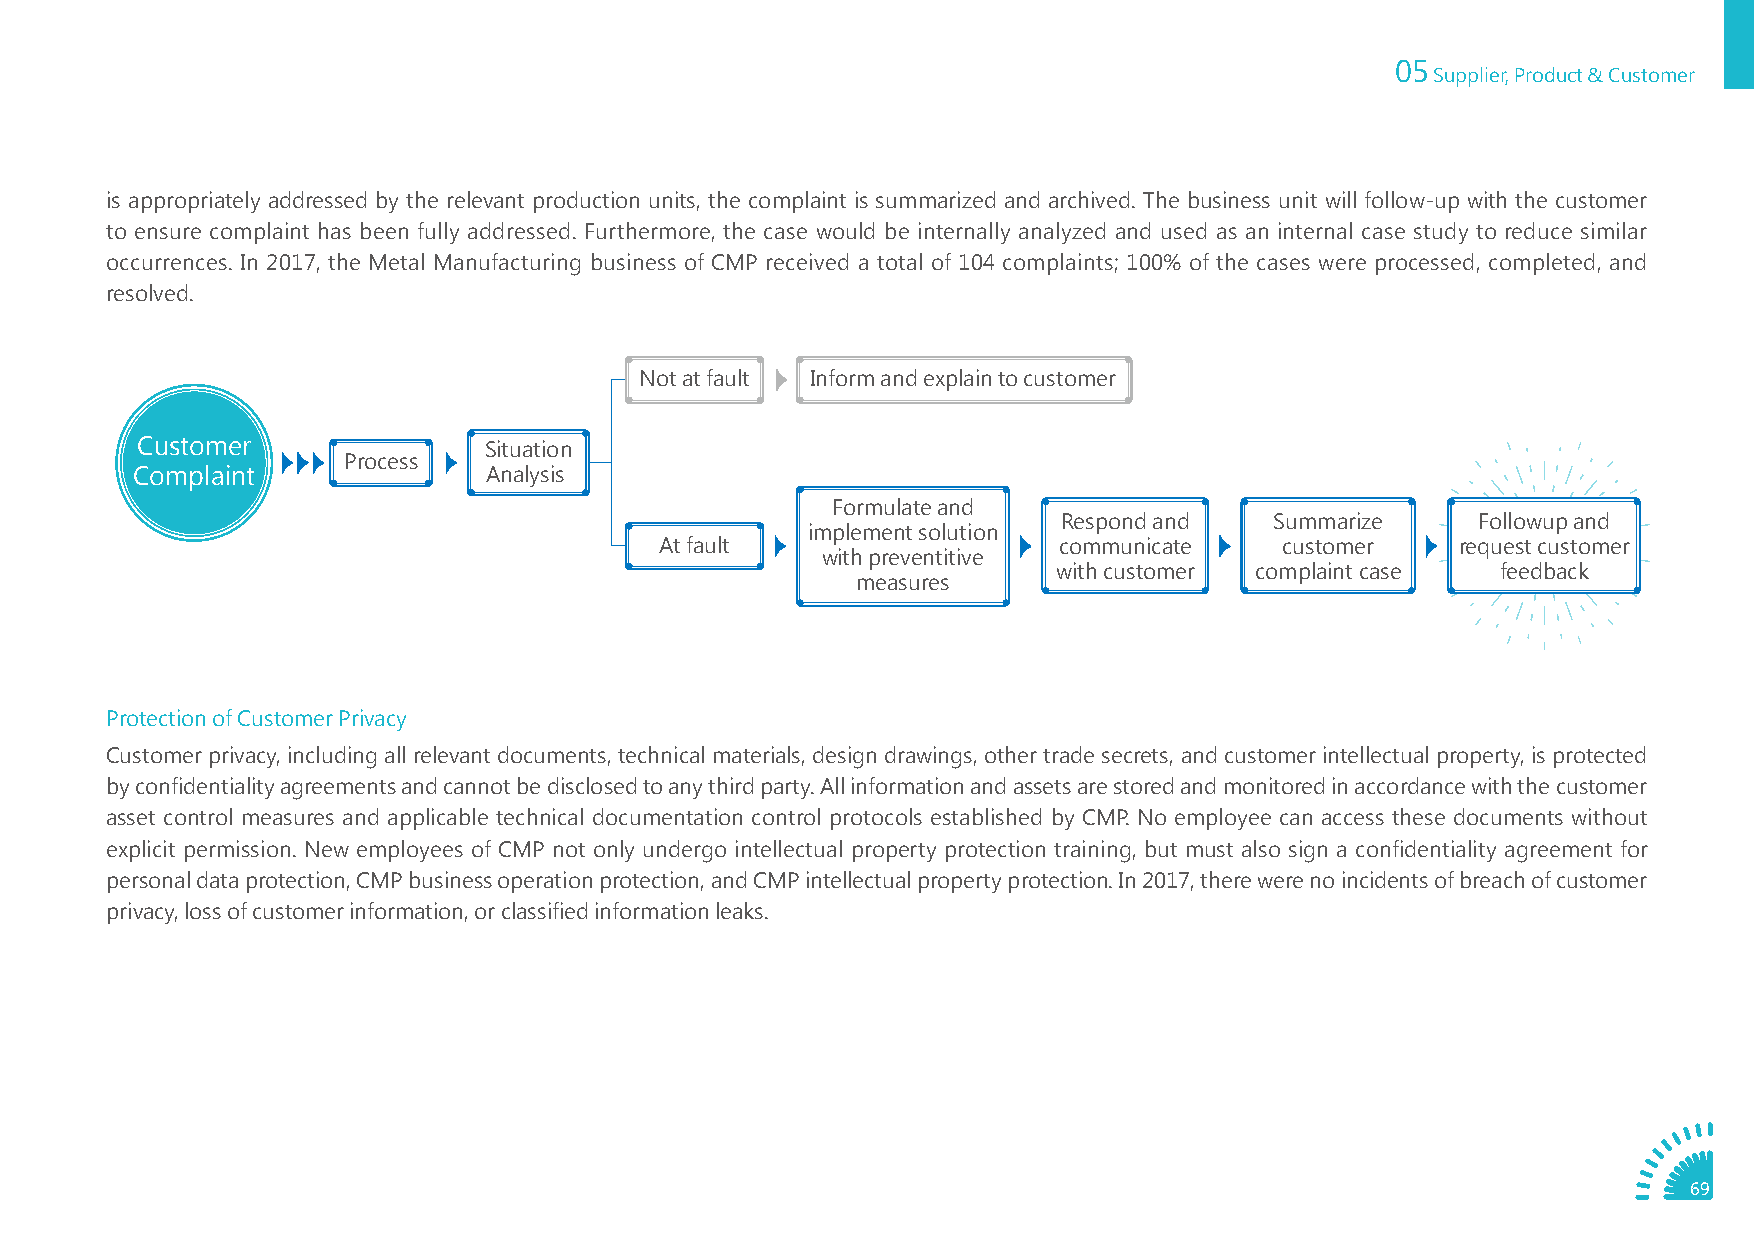
05
 Supplier, Product & Customer
 is appropriately addressed by the relevant production units, the complaint is summarized and archived. The business unit will follow-up with the customer
 to ensure complaint has been fully addressed. Furthermore, the case would be internally analyzed and used as an internal case study to reduce similar
 occurrences. In 2017, the Metal Manufacturing business of CMP received a total of 104 complaints; 100% of the cases were processed, completed, and
 resolved.
 Not at fault Inform and explain to customer
 Customer               Situation
 Process
 Complaint              Analysis
 Formulate and
 Respond and   Summarize     Followup and
 implement solution
 At fault                  communicate    customer    request customer
 with preventitive
 with customer complaint case feedback
 measures
 Protection of Customer Privacy
 Customer privacy, including all relevant documents, technical materials, design drawings, other trade secrets, and customer intellectual property, is protected
 by confidentiality agreements and cannot be disclosed to any third party. All information and assets are stored and monitored in accordance with the customer
 asset control measures and applicable technical documentation control protocols established by CMP. No employee can access these documents without
 explicit permission. New employees of CMP not only undergo intellectual property protection training, but must also sign a confidentiality agreement for
 personal data protection, CMP business operation protection, and CMP intellectual property protection. In 2017, there were no incidents of breach of customer
 privacy, loss of customer information, or classified information leaks.
 69